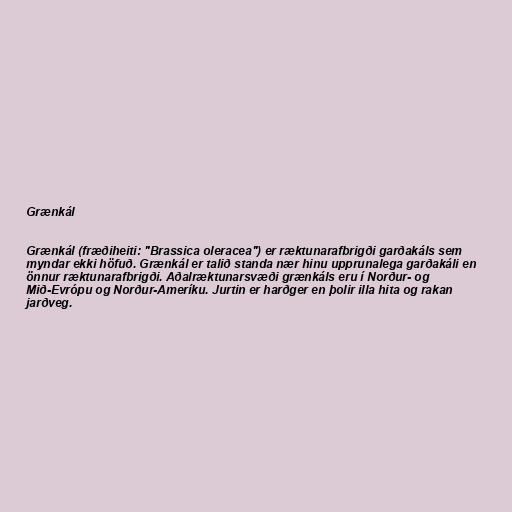
Grænkál

Grænkál (fræðiheiti: "Brassica oleracea") er ræktunarafbrigði garðakáls sem
myndar ekki höfuð. Grænkál er talið standa nær hinu upprunalega garðakáli en
önnur ræktunarafbrigði. Aðalræktunarsvæði grænkáls eru í Norður- og
Mið-Evrópu og Norður-Ameríku. Jurtin er harðger en þolir illa hita og rakan
jarðveg.